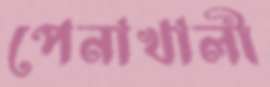
পেনাখালী